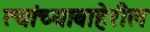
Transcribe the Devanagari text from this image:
त्यांच्याबाहेरील